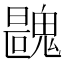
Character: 𩳺